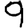
Digit: 9